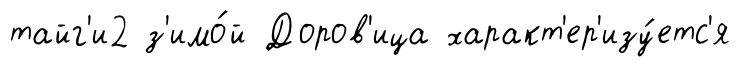
тайг'и2 з'имо́й Доров'ица характ'ер'изу́етс'я